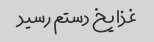
غذا یخ دستم رسید